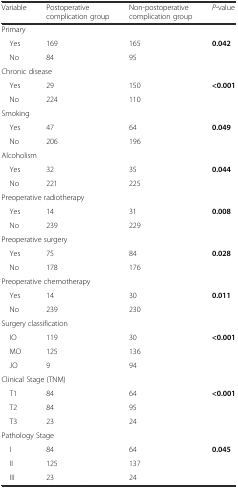
<table><thead><tr><td><b>Variable</b></td><td><b>Postoperative complication group</b></td><td><b>Non-postoperative complication group</b></td><td><b><i>P</i>-value</b></td></tr></thead><tbody><tr><td colspan="4">Primary</td></tr><tr><td> Yes</td><td>169</td><td>165</td><td><b>0.042</b></td></tr><tr><td> No</td><td>84</td><td>95</td><td></td></tr><tr><td colspan="4">Chronic disease</td></tr><tr><td> Yes</td><td>29</td><td>150</td><td><b>&lt;0.001</b></td></tr><tr><td> No</td><td>224</td><td>110</td><td></td></tr><tr><td colspan="4">Smoking</td></tr><tr><td> Yes</td><td>47</td><td>64</td><td><b>0.049</b></td></tr><tr><td> No</td><td>206</td><td>196</td><td></td></tr><tr><td colspan="4">Alcoholism</td></tr><tr><td> Yes</td><td>32</td><td>35</td><td><b>0.044</b></td></tr><tr><td> No</td><td>221</td><td>225</td><td></td></tr><tr><td colspan="4">Preoperative radiotherapy</td></tr><tr><td> Yes</td><td>14</td><td>31</td><td><b>0.008</b></td></tr><tr><td> No</td><td>239</td><td>229</td><td></td></tr><tr><td colspan="4">Preoperative surgery</td></tr><tr><td> Yes</td><td>75</td><td>84</td><td><b>0.028</b></td></tr><tr><td> No</td><td>178</td><td>176</td><td></td></tr><tr><td colspan="4">Preoperative chemotherapy</td></tr><tr><td> Yes</td><td>14</td><td>30</td><td><b>0.011</b></td></tr><tr><td> No</td><td>239</td><td>230</td><td></td></tr><tr><td colspan="4">Surgery classification</td></tr><tr><td> IO</td><td>119</td><td>30</td><td><b>&lt;0.001</b></td></tr><tr><td> MO</td><td>125</td><td>136</td><td></td></tr><tr><td> JO</td><td>9</td><td>94</td><td></td></tr><tr><td colspan="4">Clinical Stage (TNM)</td></tr><tr><td> T1</td><td>84</td><td>64</td><td><b>&lt;0.001</b></td></tr><tr><td> T2</td><td>84</td><td>95</td><td></td></tr><tr><td> T3</td><td>23</td><td>24</td><td></td></tr><tr><td colspan="4">Pathology Stage</td></tr><tr><td> I</td><td>84</td><td>64</td><td><b>0.045</b></td></tr><tr><td> II</td><td>125</td><td>137</td><td></td></tr><tr><td> III</td><td>23</td><td>24</td><td></td></tr></tbody></table>